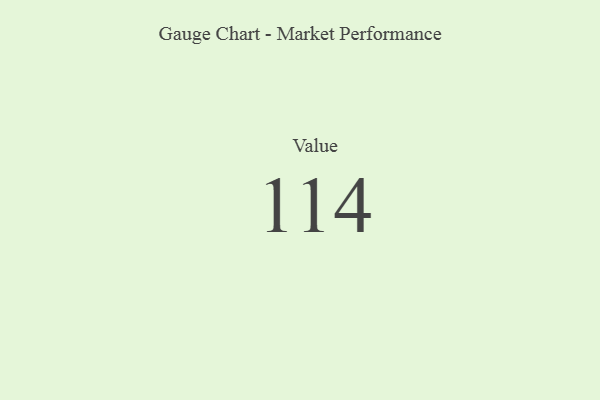
{"axis": {"x": "Metric", "y": "Value"}, "legend": [""], "data": [{"x": "Value", "y": 114, "type": ""}]}